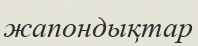
жапондықтар